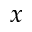
x